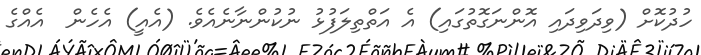
ހުދުކޮށް (ވިދަވިދައި އޮންނަގޮތުގައި) އެ އަތްތިލަފުޅު ނުކުންނާނެއެވެ. (އެއީ) އެހެން  އެއްގެ